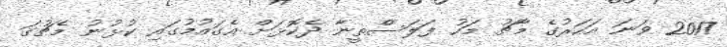
2017 ވަނަ އަހަރުގެ މާޗު މަހު ފަލަސްތީނާ ދެކޮޅަށް އެގައުމުގައި ކުޅުނު މެޗުގަ